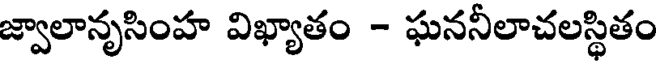
జ్వాలానృసింహ విఖ్యాతం - ఘననీలాచలస్థితం